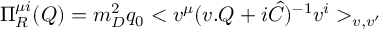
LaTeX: \Pi _ { R } ^ { \mu i } ( Q ) = m _ { D } ^ { 2 } q _ { 0 } < v ^ { \mu } ( v . Q + i \hat { C } ) ^ { - 1 } v ^ { i } > _ { v , v ^ { \prime } }